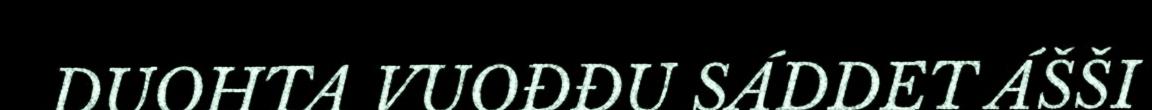
DUOHTA VUOĐĐU SÁDDET ÁŠŠI